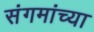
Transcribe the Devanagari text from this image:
संगमांच्या